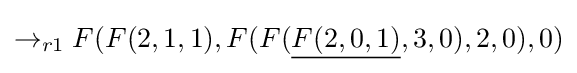
\rightarrow _{r1}F(F(2,1,1),F(F({\underline {F(2,0,1)}},3,0),2,0),0)